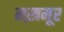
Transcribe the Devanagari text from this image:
मख़मूर